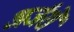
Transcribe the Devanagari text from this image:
अर्जरों